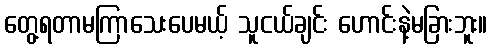
တွေ့ရတာမကြာသေးပေမယ့် သူငယ်ချင်း ဟောင်းနဲ့မခြားဘူး။